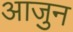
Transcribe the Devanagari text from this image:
आजुन